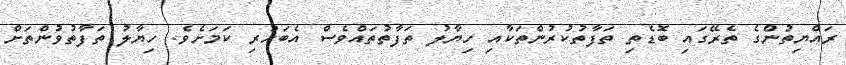
ރައްޔިތުންގެ ތެރޭގައި ބޮޑެތި ތަފާތުކުރުންތަކާއި ހިޔާލު ތަފާތުތައްވެސް އެބަހުރި ކަމަށެވެ. ހިޔާލު ތަފާތުވުންތަށް